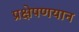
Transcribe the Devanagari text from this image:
प्रक्षेपणयान